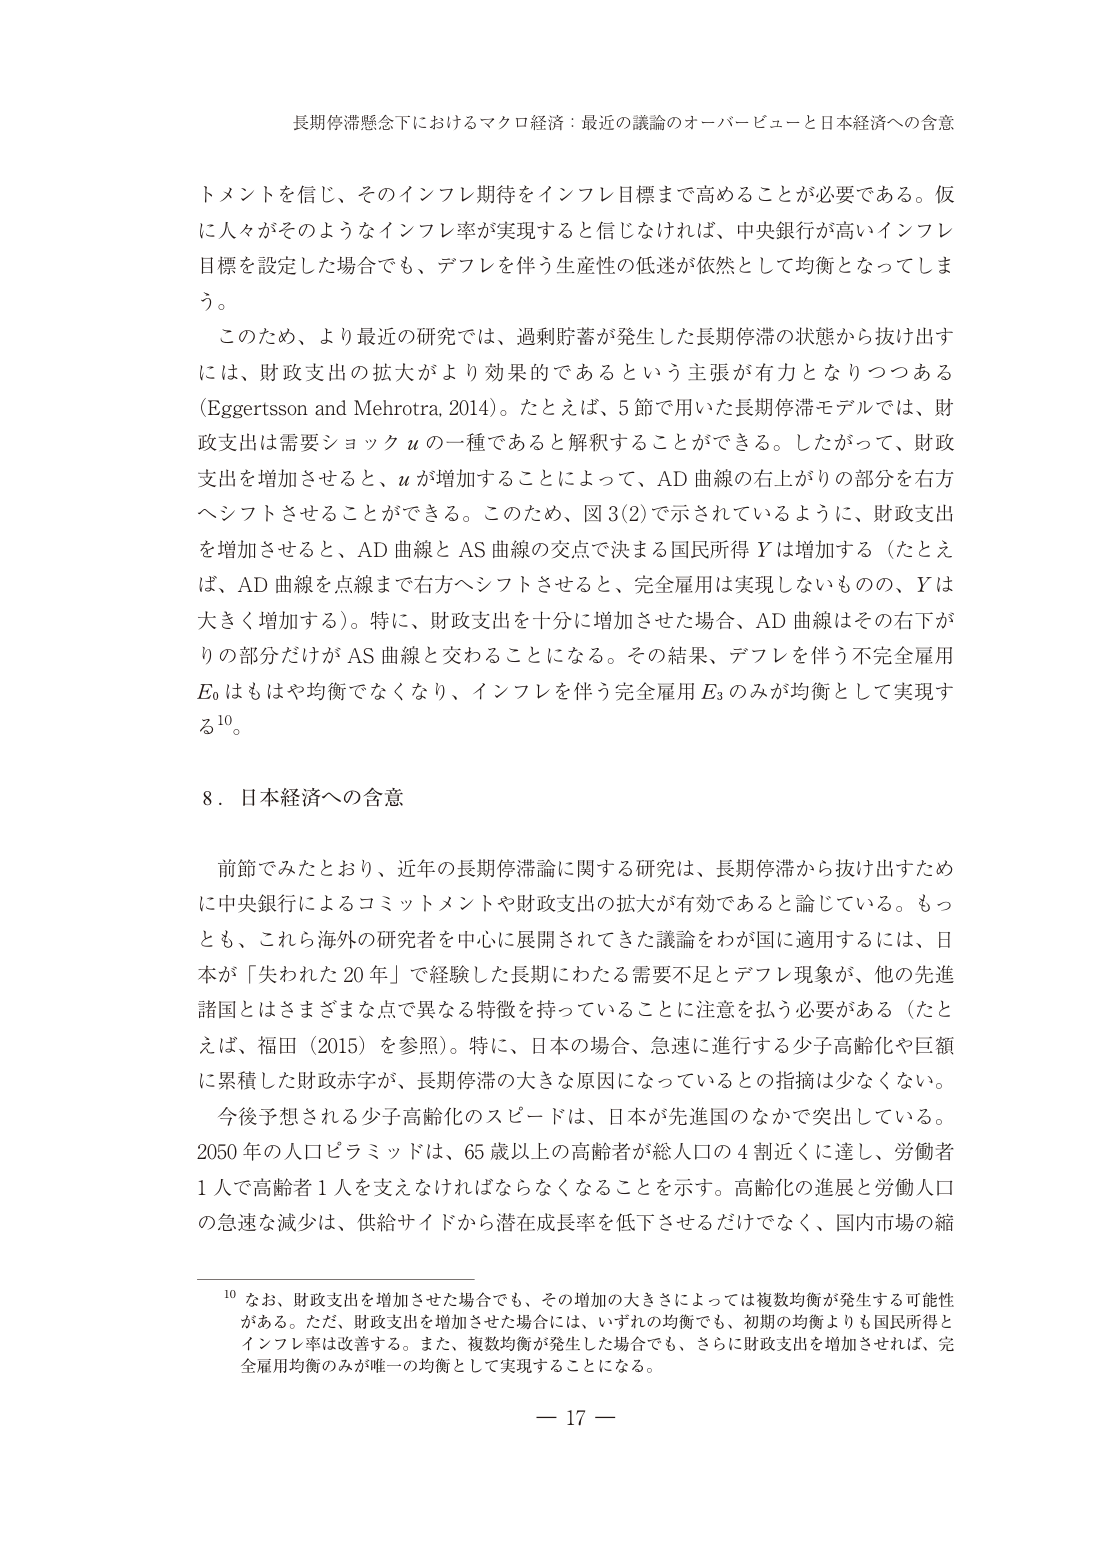
長期停滞懸念下におけるマクロ経済：最近の議論のオーバービューと日本経済への含意

トメントを信じ、そのインフレ期待をインフレ目標まで高めることが必要である。仮に人々がそのようなインフレ率が実現すると信じなければ、中央銀行が高いインフレ目標を設定した場合でも、デフレを伴う生産性の低迷が依然として均衡となってしまう。

このため、より最近の研究では、過剰貯蓄が発生した長期停滞の状態から抜け出すには、財政支出の拡大がより効果的であるという主張が有力となりつつある（Eggertsson and Mehrotra, 2014）。たとえば、5節で用いた長期停滞モデルでは、財政支出は需要ショック u の一種であると解釈することができる。したがって、財政支出を増加させると、u が増加することによって、AD 曲線の右上がりの部分を右方へシフトさせることができる。このため、図3(2)で示されているように、財政支出を増加させると、AD 曲線と AS 曲線の交点で決まる国民所得 Y は増加する（たとえば、AD 曲線を点線まで右方へシフトさせると、完全雇用は実現しないものの、Y は大きく増加する）。特に、財政支出を十分に増加させた場合、AD 曲線はその右下がりの部分だけが AS 曲線と交わることになる。その結果、デフレを伴う不完全雇用 E₀ はもはや均衡でなくなり、インフレを伴う完全雇用 E₃ のみが均衡として実現する¹⁰。

8．日本経済への含意

前節でみたとおり、近年の長期停滞論に関する研究は、長期停滞から抜け出すために中央銀行によるコミットメントや財政支出の拡大が有効であると論じている。もっとも、これら海外の研究者を中心に展開されてきた議論をわが国に適用するには、日本が「失われた20年」で経験した長期にわたる需要不足とデフレ現象が、他の先進諸国とはさまざまな点で異なる特徴を持っていることに注意を払う必要がある（たとえば、福田（2015）を参照）。特に、日本の場合、急速に進行する少子高齢化や巨額に累積した財政赤字が、長期停滞の大きな原因になっているとの指摘は少なくない。

今後予想される少子高齢化のスピードは、日本が先進国のなかで突出している。2050年の人口ピラミッドは、65歳以上の高齢者が総人口の4割近くに達し、労働者1人で高齢者1人を支えなければならないことを示す。高齢化の進展と労働人口の急速な減少は、供給サイドから潜在成長率を低下させるだけでなく、国内市場の縮

¹⁰ なお、財政支出を増加させた場合でも、その増加の大きさによっては複数均衡が発生する可能性がある。ただ、財政支出を増加させた場合には、いずれの均衡でも、初期の均衡よりも国民所得とインフレ率は改善する。また、複数均衡が発生した場合でも、さらに財政支出を増加させれば、完全雇用均衡のみが唯一の均衡として実現することになる。

— 17 —